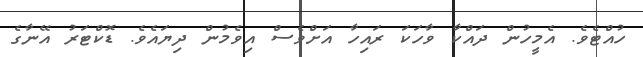
ހުއްޓެވެ. އެމީހުން ދައްކާ ވާހަކަ ރައިހާ އަށްވެސް އިވެމުން ދިޔައެވެ. ޑޮކްޓަރު އޭނާގެ